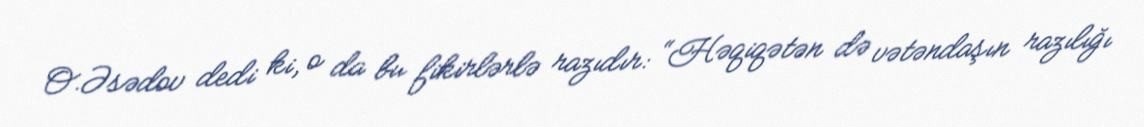
O.Əsədov dedi ki, o da bu fikirlərlə razıdır: “Həqiqətən də vətəndaşın razılığı